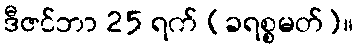
ဒီဇင်ဘာ 25 ရက် (ခရစ္စမတ်)။